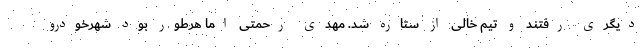
دیگری رفتند و تیم خالی از ستاره شد. مهدی رحمتی اما هرطور بود شهرخودرو